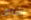
اشتاق